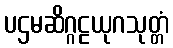
ပဌမဆိဂ္ဂဠယုဂသုတ္တံ